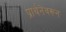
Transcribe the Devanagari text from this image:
प्रार्थनेवरून